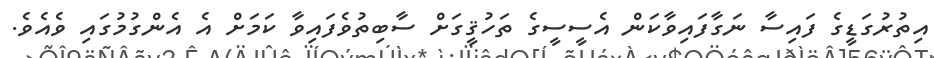
އިތުރުގަޑީގެ ފައިސާ ނަގާފައިވާކަން އެސީސީގެ ތަހުޤީގަށް ސާބިތުވެފައިވާ ކަމަށް އެ އެންގުމުގައި ވެއެވެ.